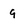
Character: 9